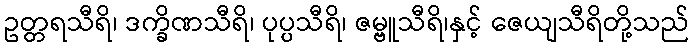
ဥတ္တရသီရိ၊ ဒက္ခိဏသီရိ၊ ပုပ္ပသီရိ၊ ဇမ္ဗူသီရိ၊နှင့် ဇေယျသီရိတို့သည်